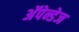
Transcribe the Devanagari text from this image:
अॅपेन्डेज